Civil Veterinary Department. United Provinces 1932-42 - 1932-1942
Year: 1932
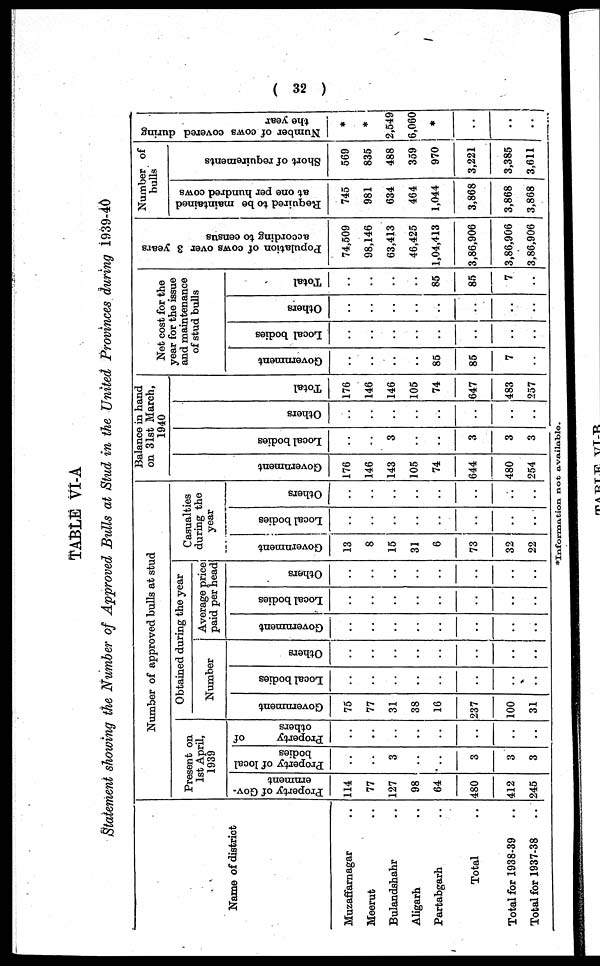
( 32 )
TABLE VI-A
Statement showing the Number of Approved Bulls at Stud in the United Provinces during 1939-40
Name of district
Muzaffarnagar ..
Meerut ..
Bulandshahr ..
Aligarh ..
Partabgarh ..
Total ..
Total for 1938-39 ..
Total for 1937-38 ..
Number of approved bulls at stud
Present on
1st April,
1939
Property of Gov-
ernment
114
77
127
98
64
480
412
245
Property of local
bodies
..
..
3
..
..
3
3
3
Property
of
others
..
..
..
..
..
..
..
..
Obtained during the year
Number
Government
75
77
31
38
16
237
100
31
Local bodies
..
..
..
..
..
..
..
..
Others
..
..
..
..
..
..
..
..
Average price
paid per head
Government
..
..
..
..
..
..
..
..
Local bodies
..
..
..
..
..
..
..
..
Others
..
..
..
..
..
..
..
..
Casualties
during the
year
Government
13
8
15
31
6
73
32
22
Local bodies
..
..
..
..
..
..
..
..
Others
..
..
..
..
..
..
..
..
Balance in hand
on 31st March,
1940
Go v e r
n me n t
176
146
143
105
74
644
480
254
Local bodies
..
..
3
..
..
3
3
3
Others
..
..
..
..
..
..
..
..
Tot al
176
146
146
105
74
647
483
257
Net cost for the
year for the issue
and maintenance
of stud bulls
Government
..
..
..
..
85
85
7
..
Local bodies
..
..
..
..
..
..
..
..
Others
..
..
..
..
..
..
..
..
Total
..
..
..
..
85
85
7
..
Population of cows over 3 years
according to census
74,509
98,146
63,413
46,425
1,04,413
3,86,906
3,86,906
3 86,906
Number of
bulls
Required to be maintained
at one per hundred cows
745
981
634
464
1,044
3,868
3,868
3,868
Short of requirements
569
835
488
359
970
3,221
3,385
3,611
Number of cows covered during
the year
*
*
2,549
6,060
*
..
*Information not available.